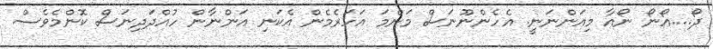
ދޯ....އޯނޯ ނޯއާ މިއަންނަނީ. އެހެންނޫނަސް މަންމަ އަހަރެމެން އެކަނި އަންނާން ހުއްދަދިނަސް ކޮންމެވެސް